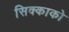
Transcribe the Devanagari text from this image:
सिक्काको